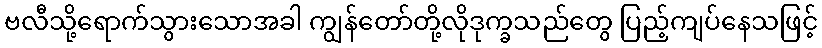
ဗလီသို့ရောက်သွားသောအခါ ကျွန်တော်တို့လိုဒုက္ခသည်တွေ ပြည့်ကျပ်နေသဖြင့်